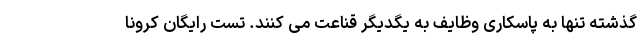
گذشته تنها به پاسکاری وظایف به یگدیگر قناعت می کنند. تست رایگان کرونا